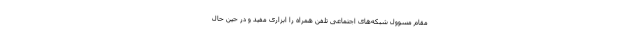
مقام مسوول شبکه‌های اجتماعی تلفن همراه را ابزاری مفید و در حین حال